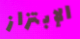
الإبتزاز